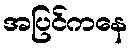
အပြင်ကနေ